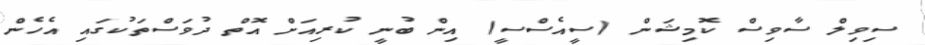
ސިވިލް ސާވިސް ކޮމިޝަން (ސީއެސްސީ) އިން ބުނީ ކުރިއަށް އޮތް ދުވަސްތަކުގައި އެހެން